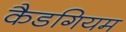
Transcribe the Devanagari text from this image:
कैडगियम